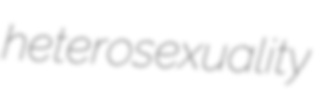
heterosexuality